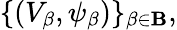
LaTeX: \{ (V_{\beta},\psi_{\beta})\} _{\beta\in\mathbf{B}},